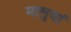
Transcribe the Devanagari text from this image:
मालुवां